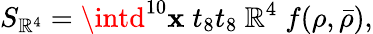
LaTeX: S_{\mathbb{R}^{4}}=\intd^{10}\mathbf{x}\; t_{8}t_{8}\ \mathbb{R}^{4}\; f(\rho,\bar{{\rho}}),